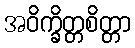
အဝိက္ခိတ္တစိတ္တာ